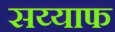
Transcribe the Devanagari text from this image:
सय्याफ